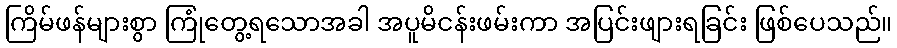
ကြိမ်ဖန်များစွာ ကြုံတွေ့ရသောအခါ အပူမိငန်းဖမ်းကာ အပြင်းဖျားရခြင်း ဖြစ်ပေသည်။